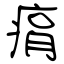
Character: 㾓